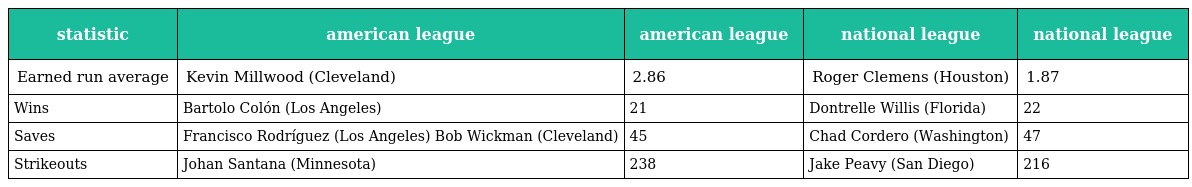
| statistic | american league | american league | national league | national league |
 | --- | --- | --- | --- | --- |
 | Earned run average | Kevin Millwood (Cleveland) | 2.86 | Roger Clemens (Houston) | 1.87 |
 | Wins | Bartolo Colón (Los Angeles) | 21 | Dontrelle Willis (Florida) | 22 |
 | Saves | Francisco Rodríguez (Los Angeles) Bob Wickman (Cleveland) | 45 | Chad Cordero (Washington) | 47 |
 | Strikeouts | Johan Santana (Minnesota) | 238 | Jake Peavy (San Diego) | 216 |